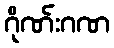
ဂိုဏ်းဂဏ